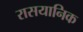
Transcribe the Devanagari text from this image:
रासयानिक